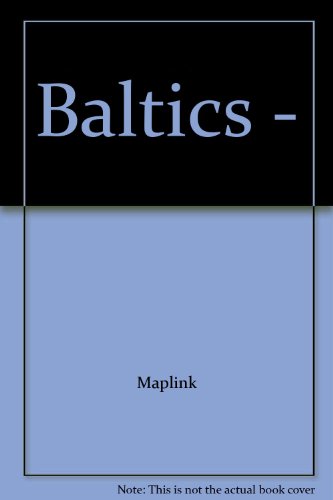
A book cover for Baltics -; Travel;